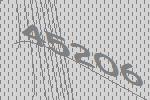
45206